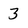
Character: 3